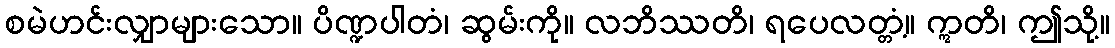
စမဲဟင်းလျှာများသော။ ပိဏ္ဍပါတံ၊ ဆွမ်းကို။ လဘိဿတိ၊ ရပေလတ္တံ့။ ဣတိ၊ ဤသို့။